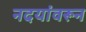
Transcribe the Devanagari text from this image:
नदयांवरून